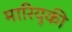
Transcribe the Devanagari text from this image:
मारियुकी